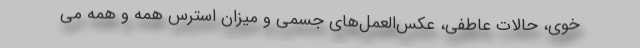
خوی، حالات عاطفی،‌ عکس‌العمل‌های جسمی و میزان استرس همه و همه می